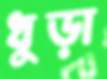
ধুড়া